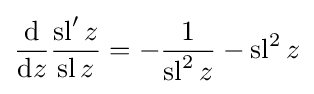
{\frac {\mathrm {d} }{\mathrm {d} z}}{\frac {\operatorname {sl} 'z}{\operatorname {sl} z}}=-{\frac {1}{\operatorname {sl} ^{2}z}}-\operatorname {sl} ^{2}z